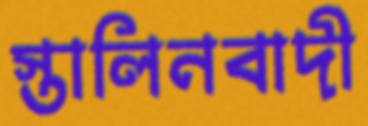
স্তালিনবাদী